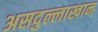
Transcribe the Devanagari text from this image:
असदुल्लाखान